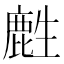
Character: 𪊟